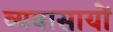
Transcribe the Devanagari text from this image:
व्यवासायों